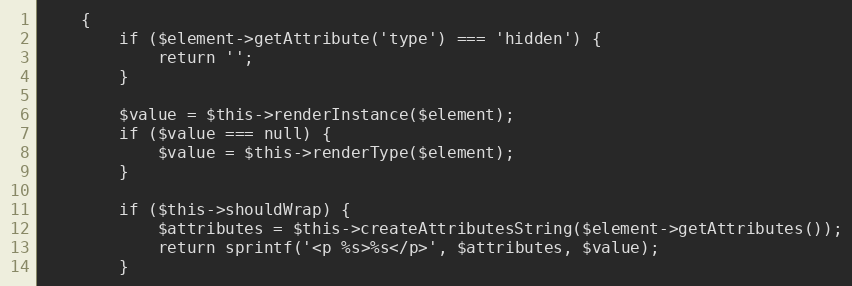
Language: PHP
    {
        if ($element->getAttribute('type') === 'hidden') {
            return '';
        }

        $value = $this->renderInstance($element);
        if ($value === null) {
            $value = $this->renderType($element);
        }

        if ($this->shouldWrap) {
            $attributes = $this->createAttributesString($element->getAttributes());
            return sprintf('<p %s>%s</p>', $attributes, $value);
        }